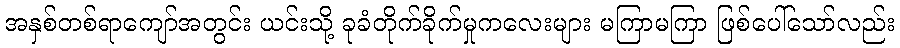
အနှစ်တစ်ရာကျော်အတွင်း ယင်းသို့ ခုခံတိုက်ခိုက်မှုကလေးများ မကြာမကြာ ဖြစ်ပေါ်သော်လည်း